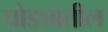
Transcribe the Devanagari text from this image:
घोड्यातील